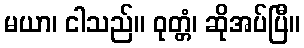
မယာ၊ ငါသည်။ ဝုတ္တံ၊ ဆိုအပ်ပြီ။